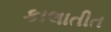
કાલાતીત